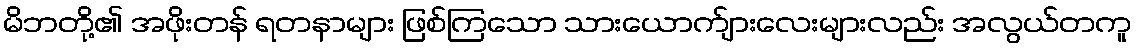
မိဘတို့၏ အဖိုးတန် ရတနာများ ဖြစ်ကြသော သားယောက်ျားလေးများလည်း အလွယ်တကူ